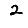
Digit: 2